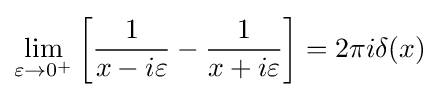
\lim _{\varepsilon \to 0^{+}}\left[{\frac {1}{x-i\varepsilon }}-{\frac {1}{x+i\varepsilon }}\right]=2\pi i\delta (x)